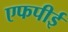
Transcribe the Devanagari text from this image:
एफपीई